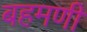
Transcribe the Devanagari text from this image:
बहमणी